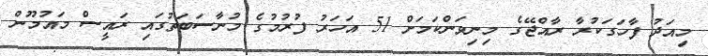
މިއަދު ފާހަގަކުރާ ރާއްޖޭގެ މިނިވަންކަމަށް 51 އަހަރު ފުރުމުގެ މުނާސަބަތުގައި ރައީސް މައުމޫން